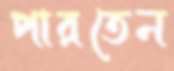
পারতেন